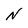
Character: N